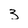
Character: 3